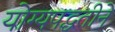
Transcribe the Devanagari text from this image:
योग्यपद्धतीने